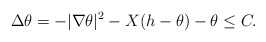
\begin{align*} \Delta\theta =-|\nabla\theta|^2-X(h-\theta)-\theta\le C.\end{align*}